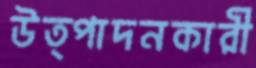
উত্পাদনকারী